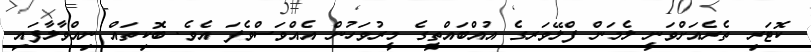
ކޮޓަރި ތެރެއަށްވަނީ ލެމަން ފްލޭވަރގެ އުއްބައްތީގެ މީރުވަހުން އެއްވަސްވެފަ އެވެ. ބޮކިތައް ނިއްވާލާފައި